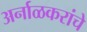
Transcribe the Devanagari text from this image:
अर्नाळकरांचे